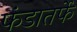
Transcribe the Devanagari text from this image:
फंडातर्फे